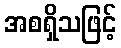
အစရှိသဖြင့်